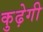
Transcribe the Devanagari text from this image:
कुढ़ेगी